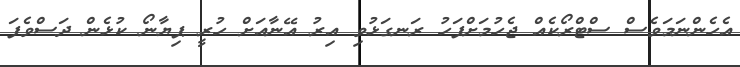
އެހެންނަމަވެސް ސްޓްރޯކެއް ޖެހުމަށްފަހު ރަނގަޅުވި އިރު އޭނާއަށް ހުރީ ޕިޔާނޯ ކުޅެން ދަސްވެފަ